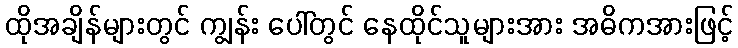
ထိုအချိန်များတွင် ကျွန်း ပေါ်တွင် နေထိုင်သူများအား အဓိကအားဖြင့်